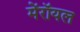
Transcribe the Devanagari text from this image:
मेंरॉयल